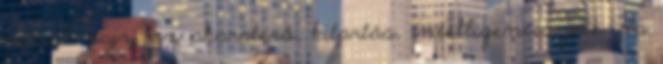
van, 3. rajz, az akaraterő, kitartás, intelligencia jele. Ha